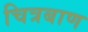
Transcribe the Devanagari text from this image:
चित्रबाण